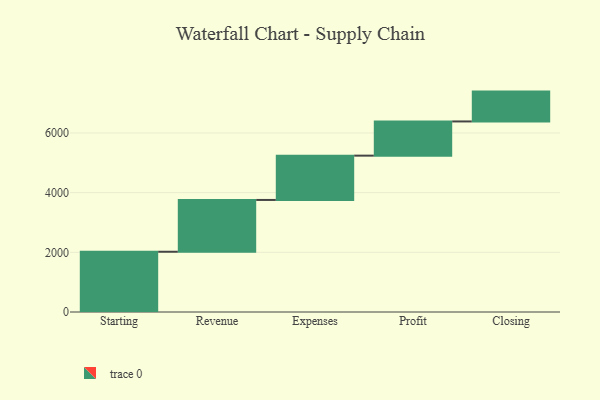
{"axis": {"x": "Step", "y": "Value"}, "legend": [""], "data": [{"x": "Starting", "y": 2019.0, "type": ""}, {"x": "Revenue", "y": 1736.0, "type": ""}, {"x": "Expenses", "y": 1485.0, "type": ""}, {"x": "Profit", "y": 1146.0, "type": ""}, {"x": "Closing", "y": 1000, "type": ""}]}